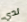
لدي